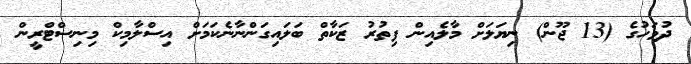
ދުވަހުގެ (13 ޖޫން) ނިޔަލަށް މާލެއިން ފިތުރު ޒަކާތް ބަލައިގަންނާނެކަމަށް އިސްލާމިކް މިނިސްޓްރީން